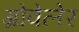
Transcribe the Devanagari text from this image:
ग्रोवेलेर